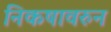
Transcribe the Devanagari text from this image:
निकषावरुन